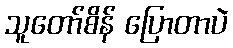
သူတော်စိန် ပြောတာပဲ